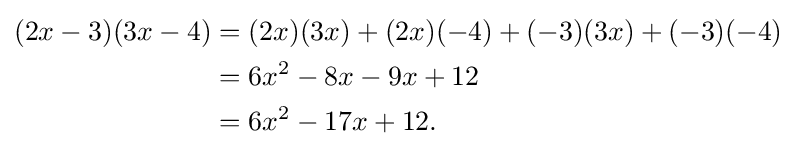
{\begin{aligned}(2x-3)(3x-4)&=(2x)(3x)+(2x)(-4)+(-3)(3x)+(-3)(-4)\\&=6x^{2}-8x-9x+12\\&=6x^{2}-17x+12.\end{aligned}}